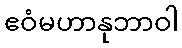
ဧဝံမဟာနုဘာဝါ